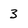
Character: 3